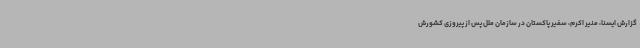
گزارش ایسنا، منیر اکرم، سفیر پاکستان در سازمان ملل پس از پیروزی کشورش